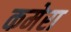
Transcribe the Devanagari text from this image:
कमेरा